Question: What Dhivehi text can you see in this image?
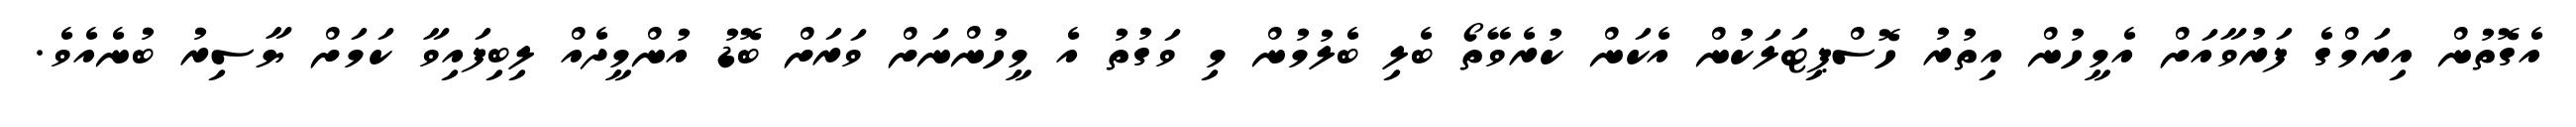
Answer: އެގޮތުން އިރަމްގެ ފަރުވާއަށް އެމީހުން އިތުރު ހޮސްޕިޓަލަކުން އެކަން ކުރެވޭތޯ ބެލި ބެލުމުން މި ވަގުތު އެ މީހުންނަށް ވަރަށް ބޮޑު އުންމީދެއް ލިބިފައިވާ ކަމަށް ޔާސިރު ބުނެއެވެ.